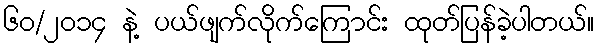
၆၀/၂၀၁၄ နဲ့ ပယ်ဖျက်လိုက်ကြောင်း ထုတ်ပြန်ခဲ့ပါတယ်။